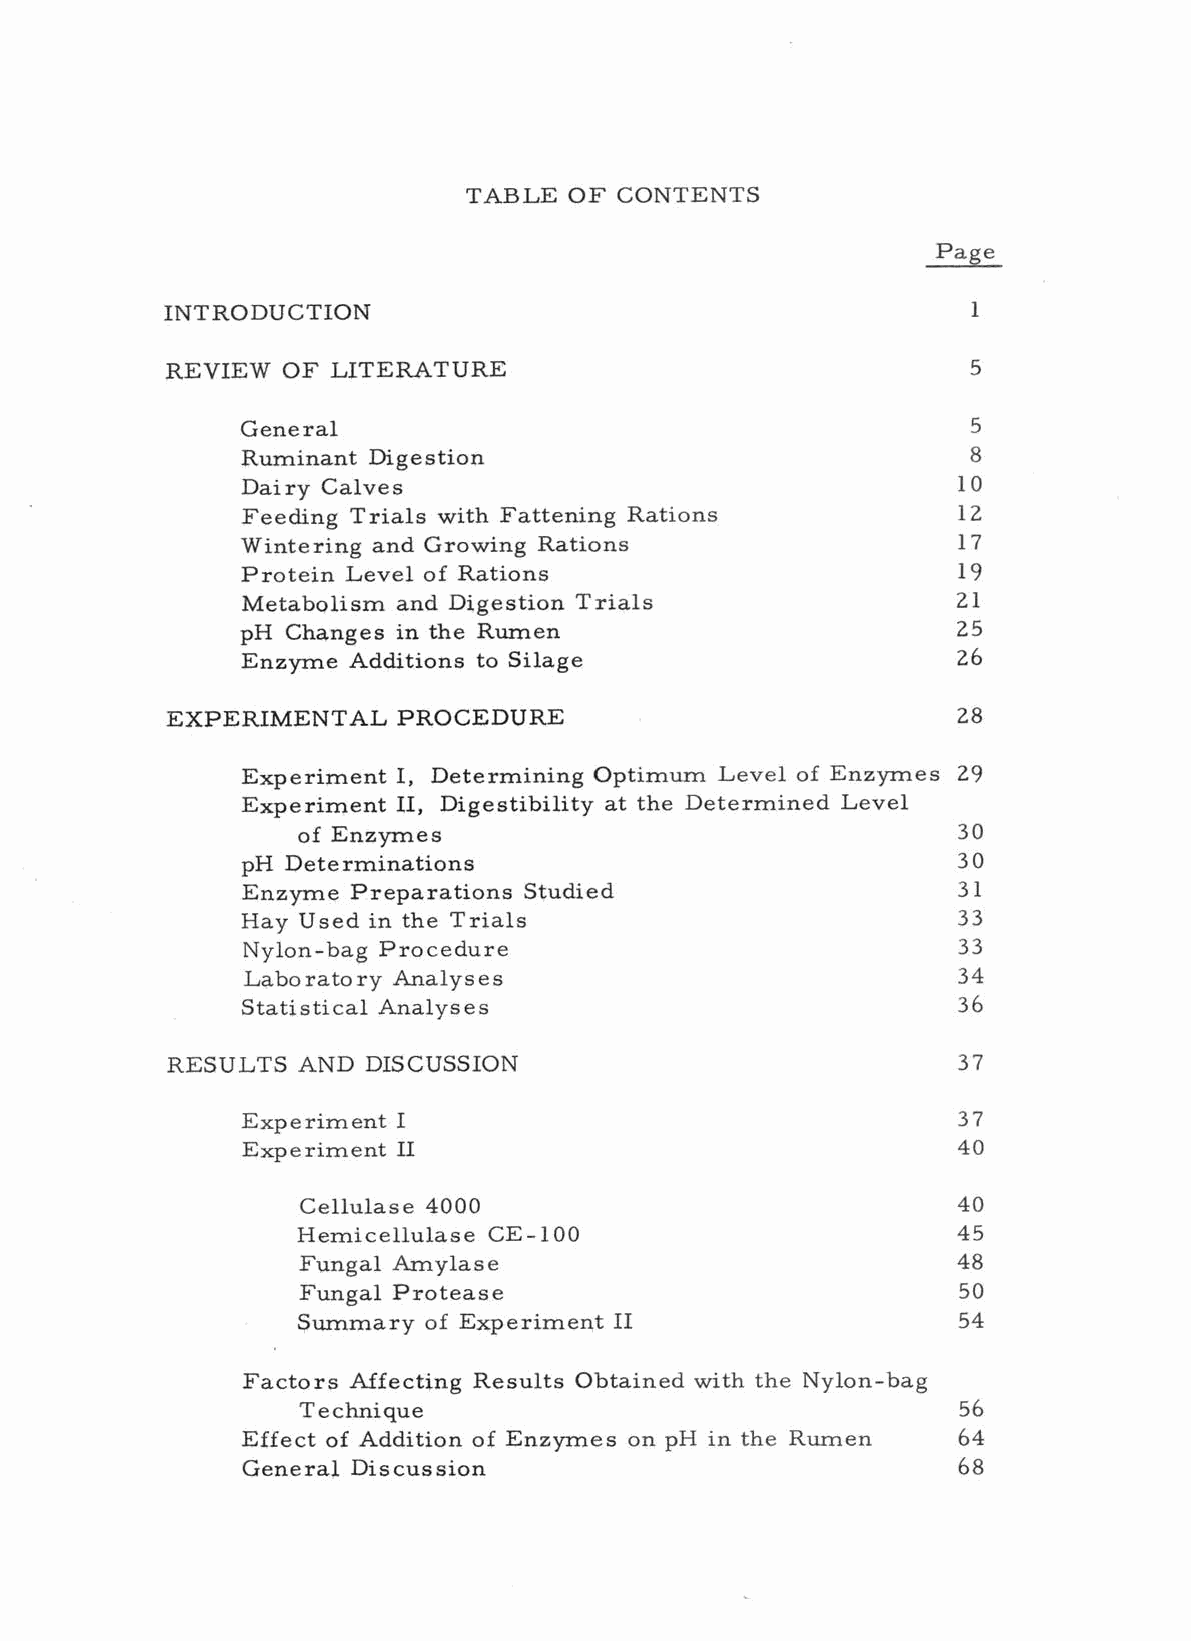
TABLE  OF CONTENTS
 Page
 INTRODUCTION
 1
 REVIEW  OF LITERATURE                                5
 General                                         5
 Ruminant Digestion                              8
 Dairy Calves                                   10
 Feeding Trials with Fattening Rations          12
 Wintering and Growing Rations                  17
 Protein Level of Rations                       19
 Metabolism and Digestion Trials                21
 pH Changes in the Rumen                        25
 Enzyme Additions to Silage                     26
 EXPERIMENTAL   PROCEDURE                            28
 Experiment I, Determining Optimum Level of Enzymes 29
 Experiment II, Digestibility at the Determined Level
 of Enzymes                                 30
 pH Determinations                              30
 Enzyme Preparations Studied                    31
 Hay Used in the Trials                         33
 Nylon -bag Procedure                           33
 Laboratory Analyses                            34
 Statistical Analyses                           36
 RESULTS  AND DISCUSSION                             37
 Experiment I                                   37
 Experiment II                                  40
 Cellulase 4000                             40
 Hemicellulase CE -100                      45
 Fungal Amylase                             48
 Fungal Protease                            50
 Summary of Experiment II                   54
 Factors Affecting Results Obtained with the Nylon -bag
 Technique                                  56
 Effect of Addition of Enzymes on pH in the Rumen 64
 General Discussion                             68